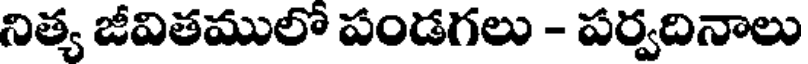
నిత్య జీవితములో పండగలు - పర్వదినాలు